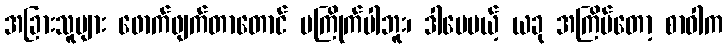
အခြားသူများ ဖောက်ဖျက်တာတောင် မကြိုက်ပါဘူး၊ ဒါပေမယ့် ယခု အကြိမ်တော့ စာဝါက